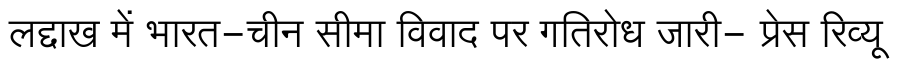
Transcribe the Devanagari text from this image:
लद्दाख में भारत-चीन सीमा विवाद पर गतिरोध जारी- प्रेस रिव्यू